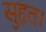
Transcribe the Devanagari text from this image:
सुहृत।